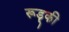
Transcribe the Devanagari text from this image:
रूड़्की